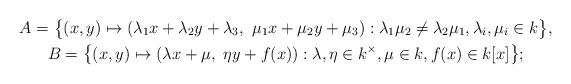
LaTeX: \begin{gather*}A = \big\{(x,y) \mapsto (\lambda_1 x + \lambda_2 y + \lambda_3,\ \mu_1 x + \mu_2 y + \mu_3) : \lambda_1\mu_2 \neq \lambda_2\mu_1, \lambda_i,\mu_i \in k\big\},\\B = \big\{(x,y) \mapsto (\lambda x + \mu,\ \eta y + f(x)) : \lambda, \eta \in k^{\times}, \mu \in k, f(x) \in k[x]\big\};\end{gather*}